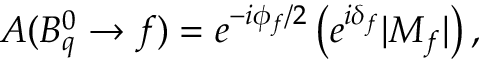
A ( B _ { q } ^ { 0 } \to f ) = e ^ { - i \phi _ { f } / 2 } \left( e ^ { i \delta _ { f } } | M _ { f } | \right) ,